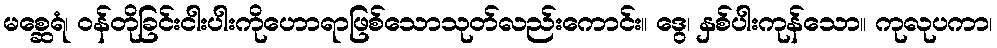
မစ္ဆေရံ၊ ဝန်တိုခြင်းငါးပါးကိုဟောရာဖြစ်သောသုတ်လည်းကောင်း။ ဒွေ၊ နှစ်ပါးကုန်သော။ ကုလုပကာ၊